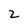
Character: Z